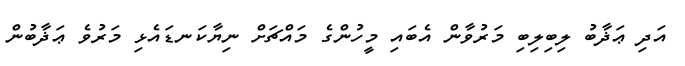
އަދި ޢަޛާބު ލިބިލިބި މަރުވާން އެބައި މީހުންގެ މައްޗަށް ނިޔާކަނޑައެޅި މަރުވެ ޢަޛާބުން